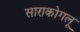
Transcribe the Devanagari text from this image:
साराकोगलू